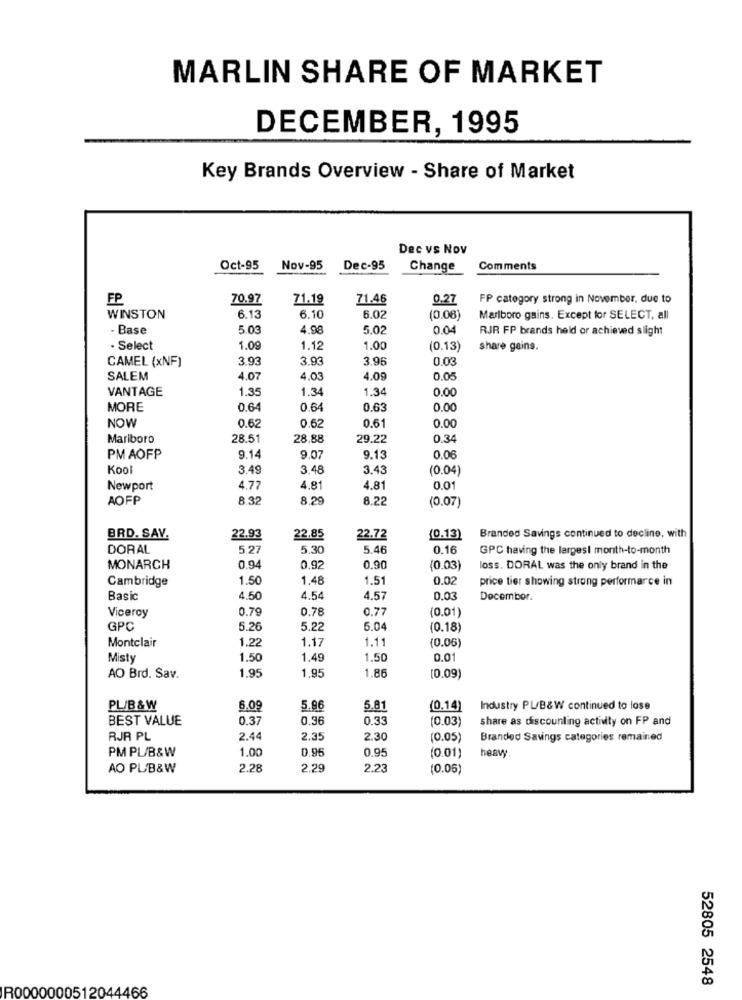
MARLIN SHARE OF MARKET
DECEMBER, 1995
Key Brands Overview - Share of Market
Dec vs Nov
Oct-95
Nov-95
Dec-95
Change
Comments
FP
70.97
71.19
71.46
0.27
FP category strong in November, due to
WINSTON
6.13
6.10
6.02
(0.08)
Marlboro gains. Except for SELECT, all
-Base
5.03
4.98
5.02
0.04
RJR FP brands held or achieved slight
. Select
1.09
1.12
1.00
(0.13)
share gains.
CAMEL (xNF)
3.93
3.93
3.96
0.03
SALEM
4.07
4.03
4.09
0.05
VANTAGE
1.35
1.34
1.34
0.00
MORE
0.64
0.64
0.63
0.00
NOW
0.61
0.62
0.62
0.00
Mariboro
28.51
28.88
29.22
0.34
PM AOFP
9.14
9.07
9.13
0.06
Kool
3.49
3.48
3.43
(0.04)
Newport
4.77
4.81
4.81
0.0
AOFP
8 32
8.2
8.22
(0.07)
BRD. SAV.
22.93
22.85
22.72
(0.13)
Branded Savings continued to decline, with
DORAL
5.27
5.30
5.46
0.16
GPC having the largest month-to-month
MONARCH
0.94
0,92
0.90
(0.03)
loss. DORAL was the only brand in the
Cambridge
1.50
1.48
1.51
0.02
price tier showing strong performance in
Basic
4.50
4.54
4.57
0.03
Decombor.
Viceroy
0.79
0.78
0.77
(0.01)
GPC
5.26
5.22
5.04
(0.18
Montclair
1.22
1.17
1.11
(0.06)
Misty
1.50
1.49
1.50
1.95
1.95
AO Brd. Sav.
1.86
(0.09)
PL/B &W
6.09
5.96
5.8
(0.14)
Industry PL/B&W continued to lose
BEST VALUE
0.37
0.36
0.33
(0.03)
share as discounling activity on FP and
RJR PL
2.44
2.3
2.30
(0.05)
Branded Savings categories remained
PM PL/B&W
1.00
0.96
0.95
(0.01)
heavy
AO PL/B&W
2.28
2.29
2.23
(0.06)
52805 2548
R0000000512044466